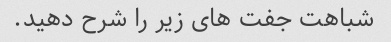
شباهت جفت های زیر را شرح دهید.